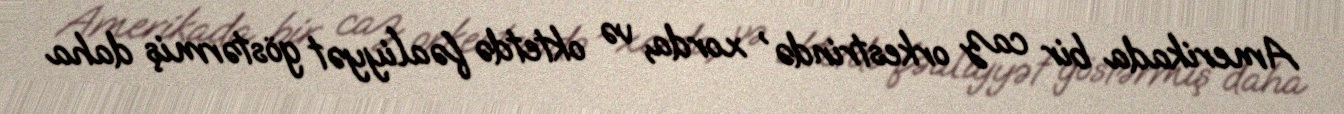
Amerikada bir caz orkestrində , xorda, və oktetdə fəaliyyət göstərmiş daha